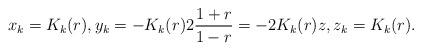
LaTeX: \begin{align*} x_{k} = K_{k}(r), y_{k} = -K_{k}(r)2\frac{1+r}{1-r} = -2 K_{k}(r) z, z_{k} = K_{k}(r).\end{align*}